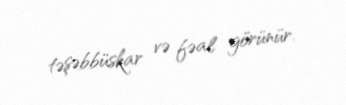
təşəbbüskar və fəal görünür.